Report of the King Institute of Preventive Medicine, Guindy
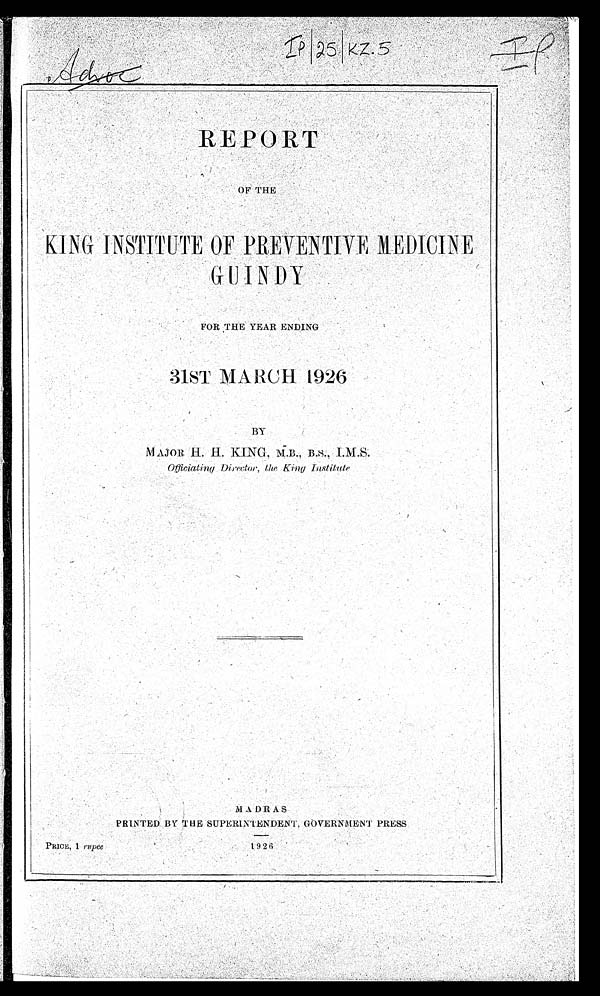
I P/ 25/ KZ. 5
REPORT
OF THE
KING INSTITUTE OF PREVENTIVE MEDICINE GUINDY
FOR THE YEAR ENDING
31ST MARCH 1926
BY
MAJOR H. H. KING, M.B., B.S., I.M.S.
Officiating Director, the King Institute
MADRAS
PRINTED BY THE SUPERINTENDENT, GOVERNMENT PRESS.
PRICE, 1 rupee
1 9 2 6